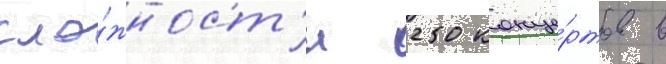
сло́жност'и 250 конце́ртов в